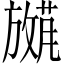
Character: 𫿕